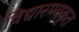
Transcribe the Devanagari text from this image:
विद्यारण्यकृत